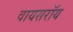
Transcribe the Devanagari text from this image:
वायसराॅय